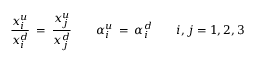
\frac { x _ { i } ^ { u } } { x _ { i } ^ { d } } \: = \: \frac { x _ { j } ^ { u } } { x _ { j } ^ { d } } \qquad \alpha _ { i } ^ { u } \: = \: \alpha _ { i } ^ { d } \quad \quad i , j = 1 , 2 , 3